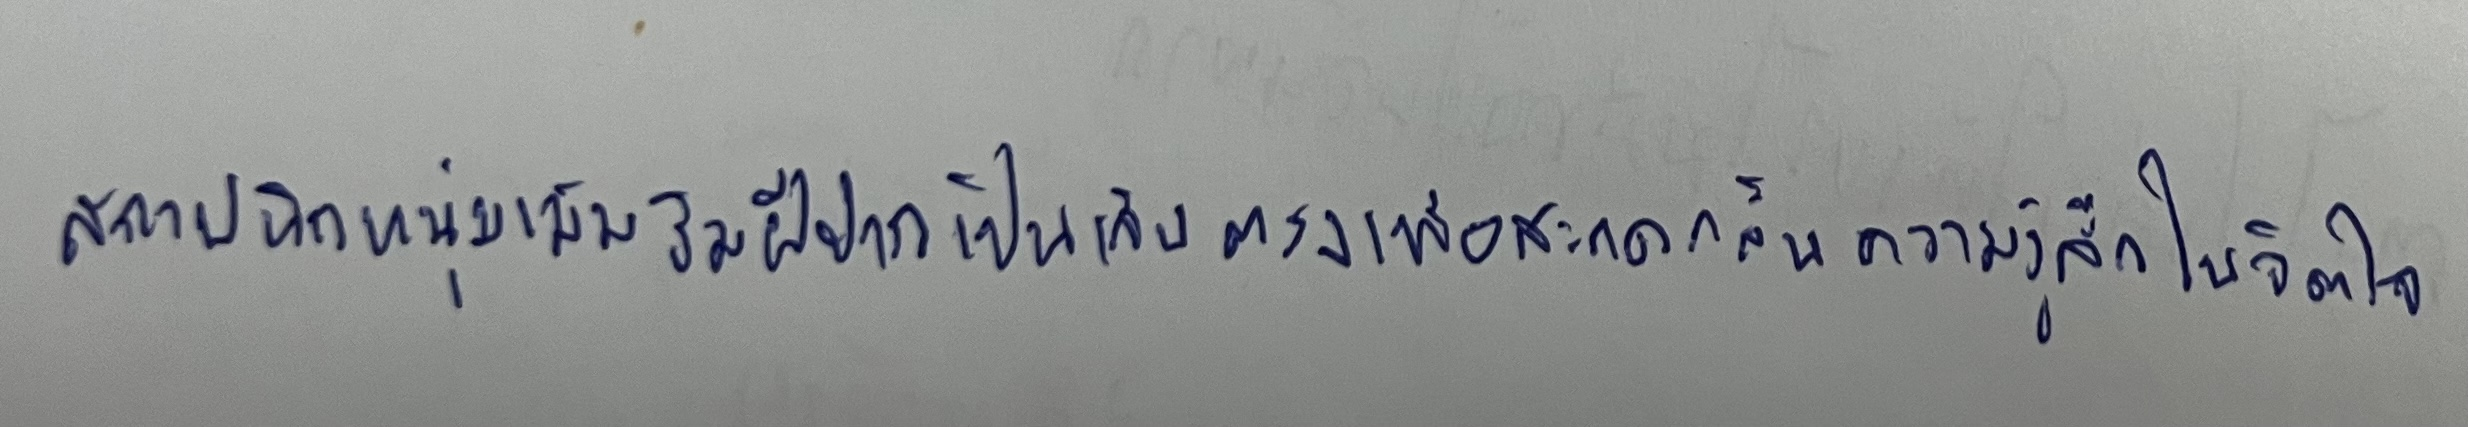
สถาปนิกหนุ่มเม้มริมฝีปากเป็นเส้นตรงเพื่อสะกดกลั้นความรู้สึกในจิตใจ